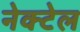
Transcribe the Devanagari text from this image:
नेक्टेल